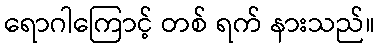
ရောဂါကြောင့် တစ် ရက် နားသည်။